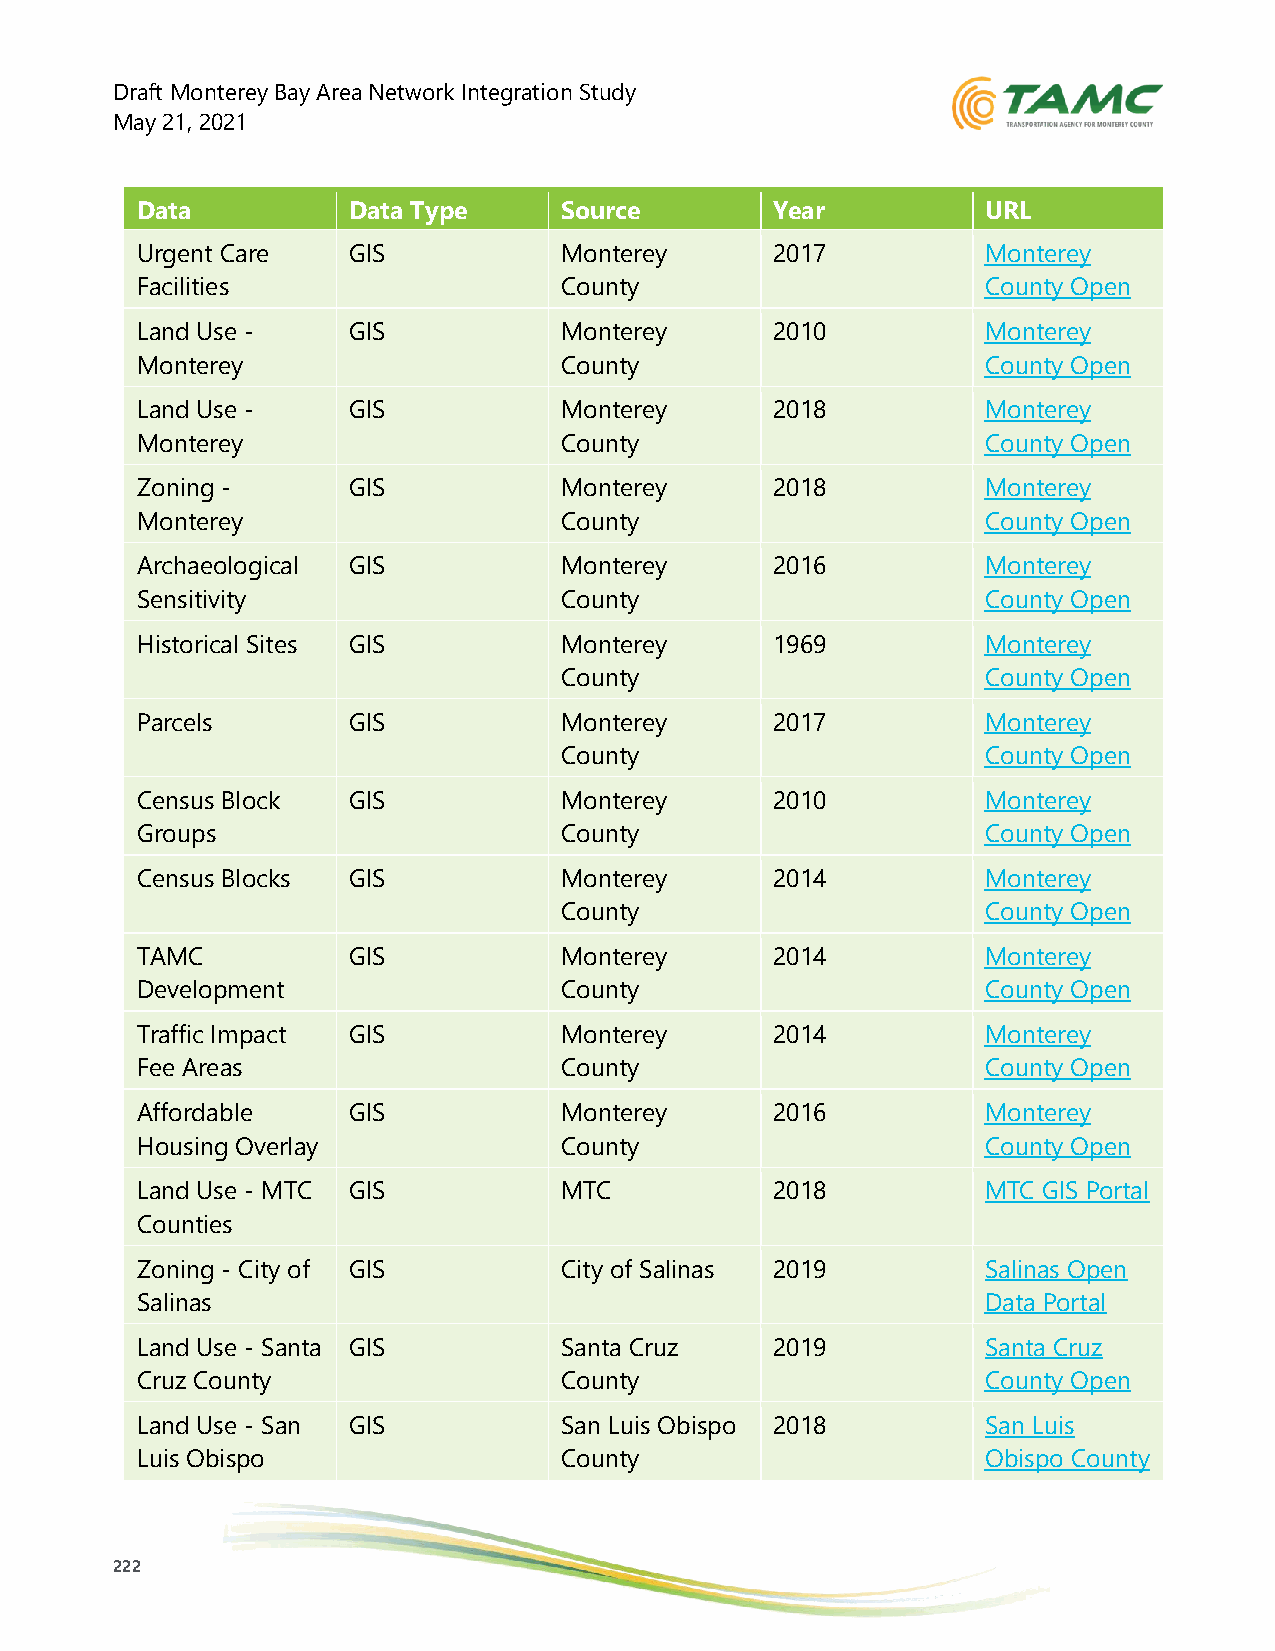
Draft Monterey Bay Area Network Integration Study
 May 21, 2021
 Data          Data Type     Source        Year          URL
 Urgent Care   GIS           Monterey      2017          Monterey
 Facilities                  County                      County Open
 GIS Portal
 Land Use -    GIS           Monterey      2010          Monterey
 Monterey                    County                      County Open
 County                                                  GIS Portal
 Land Use -    GIS           Monterey      2018          Monterey
 Monterey                    County                      County Open
 County LCP                                              GIS Portal
 Zoning -      GIS           Monterey      2018          Monterey
 Monterey                    County                      County Open
 County                                                  GIS Portal
 Archaeological GIS          Monterey      2016          Monterey
 Sensitivity                 County                      County Open
 GIS Portal
 Historical Sites GIS        Monterey      1969          Monterey
 County                      County Open
 GIS Portal
 Parcels       GIS           Monterey      2017          Monterey
 County                      County Open
 GIS Portal
 Census Block  GIS           Monterey      2010          Monterey
 Groups                      County                      County Open
 GIS Portal
 Census Blocks GIS           Monterey      2014          Monterey
 County                      County Open
 GIS Portal
 TAMC          GIS           Monterey      2014          Monterey
 Development                 County                      County Open
 Fee Zones                                               GIS Portal
 Traffic Impact GIS          Monterey      2014          Monterey
 Fee Areas                   County                      County Open
 GIS Portal
 Affordable    GIS           Monterey      2016          Monterey
 Housing Overlay             County                      County Open
 GIS Portal
 Land Use - MTC GIS          MTC           2018          MTC GIS Portal
 Counties
 Zoning - City of GIS        City of Salinas 2019        Salinas Open
 Salinas                                                 Data Portal
 Land Use - Santa GIS        Santa Cruz    2019          Santa Cruz
 Cruz County                 County                      County Open
 GIS Portal
 Land Use - San GIS          San Luis Obispo 2018        San Luis
 Luis Obispo                 County                      Obispo County
 County                                                  Open GIS
 Portal
 222